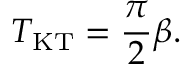
T _ { \mathrm { K T } } = \frac { \pi } { 2 } \beta .